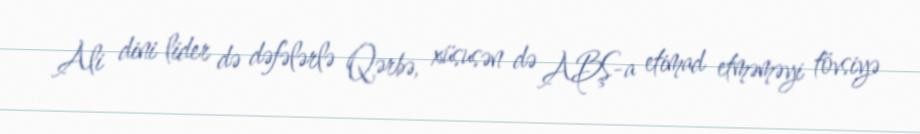
Ali dini lider də dəfələrlə Qərbə, xüsusən də ABŞ-a etimad etməməyi tövsiyə